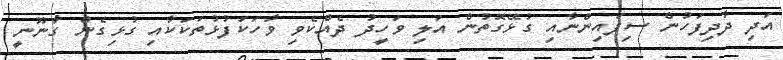
އަދި ދާދިފަހުން ސިފައިންނާއި ގުޅޭގޮތުން އަލި ވަހީދު ދެއްކެވި ވާހަކަފުޅުތަކަކާއި ގުޅިގެން ގާނޫނީ